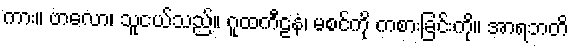
ကား။ ဗာလော၊ သူငယ်သည်။ ဂူထကီဠနံ၊ မစင်ကို ကစားခြင်းကို။ အာရဘတိ